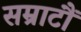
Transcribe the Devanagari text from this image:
सम्राटौं